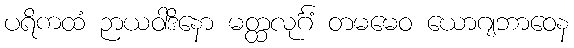
ပရိကထံ ဉာယဝါဒိနော မတ္ထလုင်္ဂံ တမမေဝ ယောဂျဘာဝေန